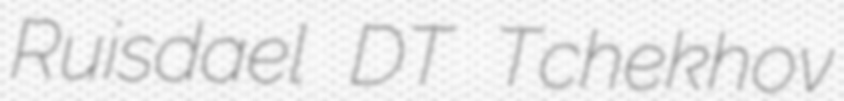
Ruisdael DT Tchekhov